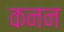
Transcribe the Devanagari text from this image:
कनन